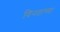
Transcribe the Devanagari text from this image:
विनताच्या